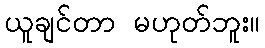
ယူချင်တာ မဟုတ်ဘူး။